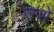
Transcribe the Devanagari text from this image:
एम्शे